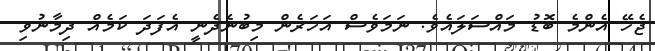
ޖެހޭ އެންމެ ބޮޑު މައްސަަލައެވެ. ނަމަވެސް އަހަރެން މިބުނެދެނީ އެފަދަ ކަމެއް ދިމާނުވި